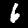
Label: 6